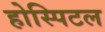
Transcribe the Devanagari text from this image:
होस्पिटल